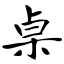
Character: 桌